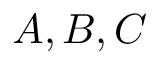
A , B , C